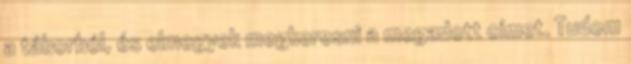
a táborból, és elmegyek megkeresni a megadott címet. Tudom